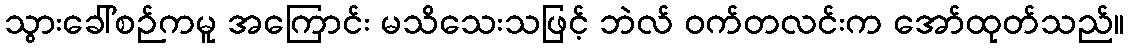
သွားခေါ်စဉ်ကမူ အကြောင်း မသိသေးသဖြင့် ဘဲလ် ဝက်တလင်းက အော်ထုတ်သည်။